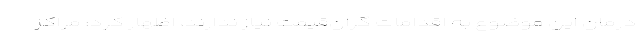
درمان این موضوع به اقدامات گران‌قیمت نیاز ندارند، اظهار کرد: مراکز